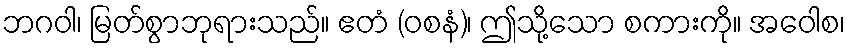
ဘဂဝါ၊ မြတ်စွာဘုရားသည်။ ဧတံ (ဝစနံ)၊ ဤသို့သော စကားကို။ အဝေါစ၊